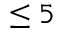
\leq 5